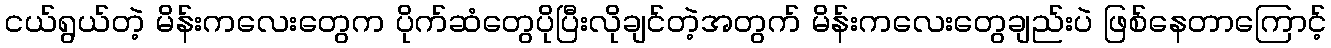
ငယ်ရွယ်တဲ့ မိန်းကလေးတွေက ပိုက်ဆံတွေပိုပြီးလိုချင်တဲ့အတွက် မိန်းကလေးတွေချည်းပဲ ဖြစ်နေတာကြောင့်